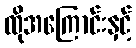
ထိုအကြောင်းနှင့်